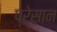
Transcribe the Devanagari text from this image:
प्रेस़ान